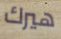
هيرك